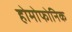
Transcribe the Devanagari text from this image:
होमोफोनिक